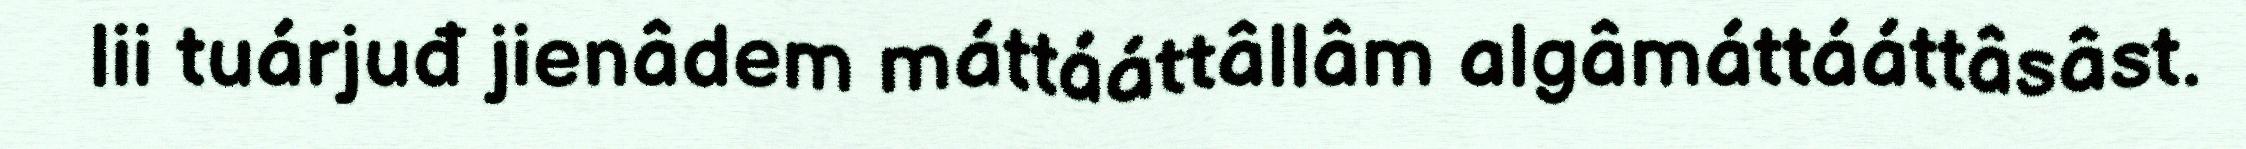
lii tuárjuđ jienâdem máttááttâllâm algâmáttááttâsâst.